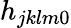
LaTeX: h_{jklm0}